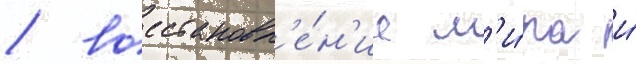
/ восстановл'е́н'ие м'и́ра и́